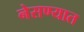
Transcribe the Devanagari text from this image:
नेसण्यात